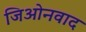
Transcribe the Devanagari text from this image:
जिओनवाद